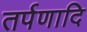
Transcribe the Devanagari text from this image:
तर्पणादि